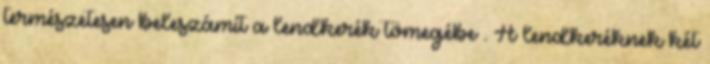
természetesen beleszámít a lendkerék tömegébe . A lendkeréknek két